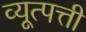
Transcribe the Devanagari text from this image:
व्यूत्पत्ती